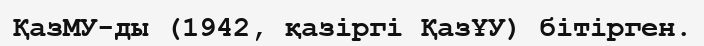
ҚазМУ-ды (1942, қазіргі ҚазҰУ) бітірген.